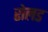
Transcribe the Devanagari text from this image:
रोलड